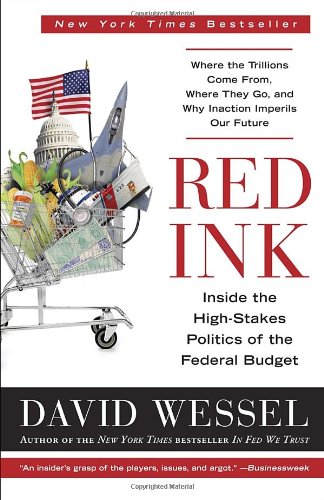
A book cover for Red Ink: Inside the High-Stakes Politics of the Federal Budget; David Wessel; Business & Money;